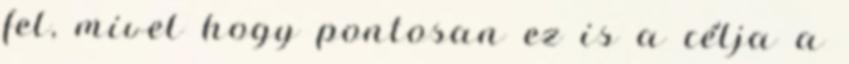
fel, mivel hogy pontosan ez is a célja a